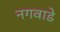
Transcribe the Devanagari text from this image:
नगवाडे